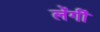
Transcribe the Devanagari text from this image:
लेंगीं